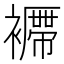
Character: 𧞝